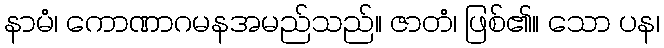
နာမံ၊ ကောဏာဂမနအမည်သည်။ ဇာတံ၊ ဖြစ်၏။ သော ပန၊